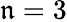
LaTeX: \mathfrak{n}=3